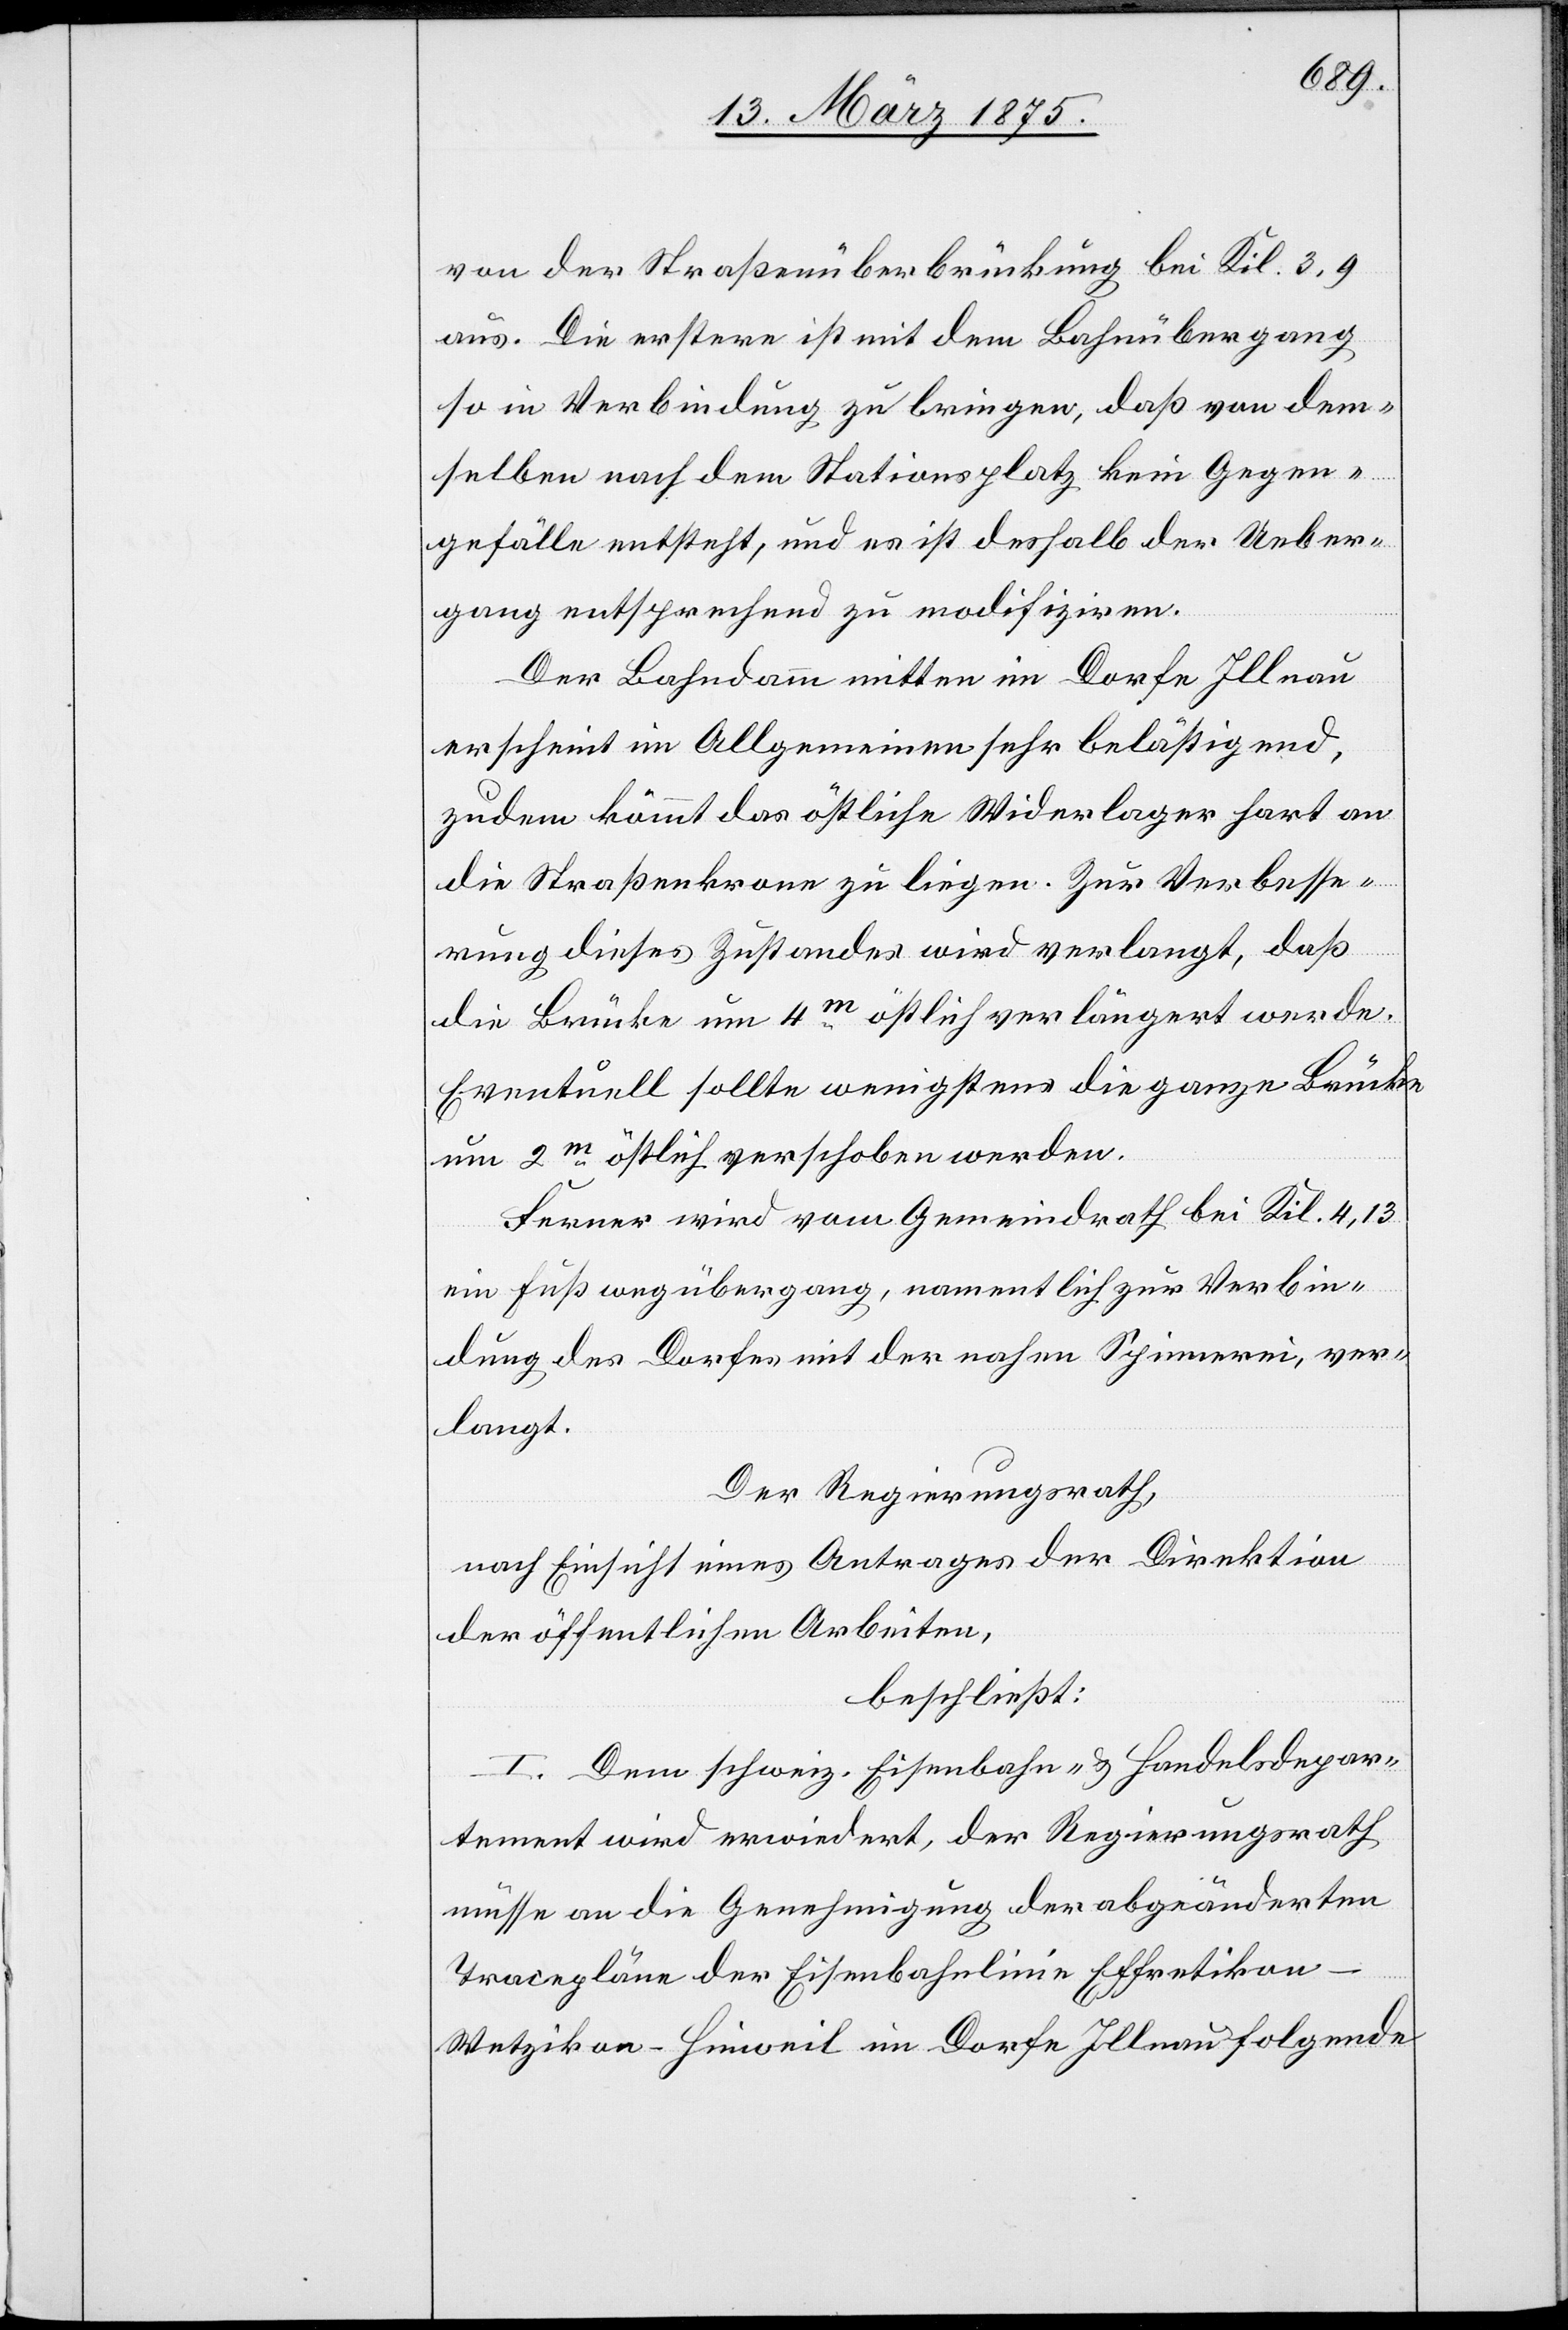
von der Straßenüberbrückung bei Kil. 3,9
aus. Die erstere ist mit dem Bahnübergang
so in Verbindung zu bringen, daß von dem¬
selben nach dem Stationsplatz kein Gegen¬
gefälle entsteht, und es ist deshalb der Ueber¬
gang entsprechend zu modifiziren.
Der Bahndamm mitten im Dorfe Illnau
erschient im Allgemeinen sehr belästig und
zudem kommt das östliche Widerlager hart an
die Straßenkrone zu liegen. Zur Verbesse¬
rung dieses Zustandes wird verlangt, daß
die Brücke um 4m östlich verlängert werde.
Eventuell sollte wenigstens die ganze Brücke
um 2m östlich verschoben werden.
Ferner wird vom Gemeindrath bei Kil. 4,13
ein Fußwegübergang, namentlich zur Verbin¬
dung des Dorfes mit der nahen Spinnerei, ver¬
langt.
Der Regierungsrath,
nach Einsicht eines Antrages der Direktion
der öffentlichen Arbeiten,
beschließt:
I. Dem schweiz. Eisenbahn- & Handelsdepar¬
tement wird erwiedert, der Regierungsrath
müsse an die Genehmigung der abgeänderten
Tracepläne der Eisenbahnlinie Effretikon–W¬
etzikon–Hinweil im Dorfe Illnau folgende